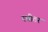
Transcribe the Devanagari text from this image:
रथीतर